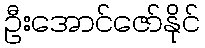
ဦးအောင်ဇော်နိုင်